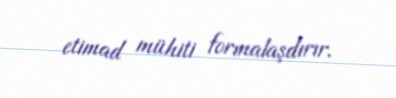
etimad mühiti formalaşdırır.